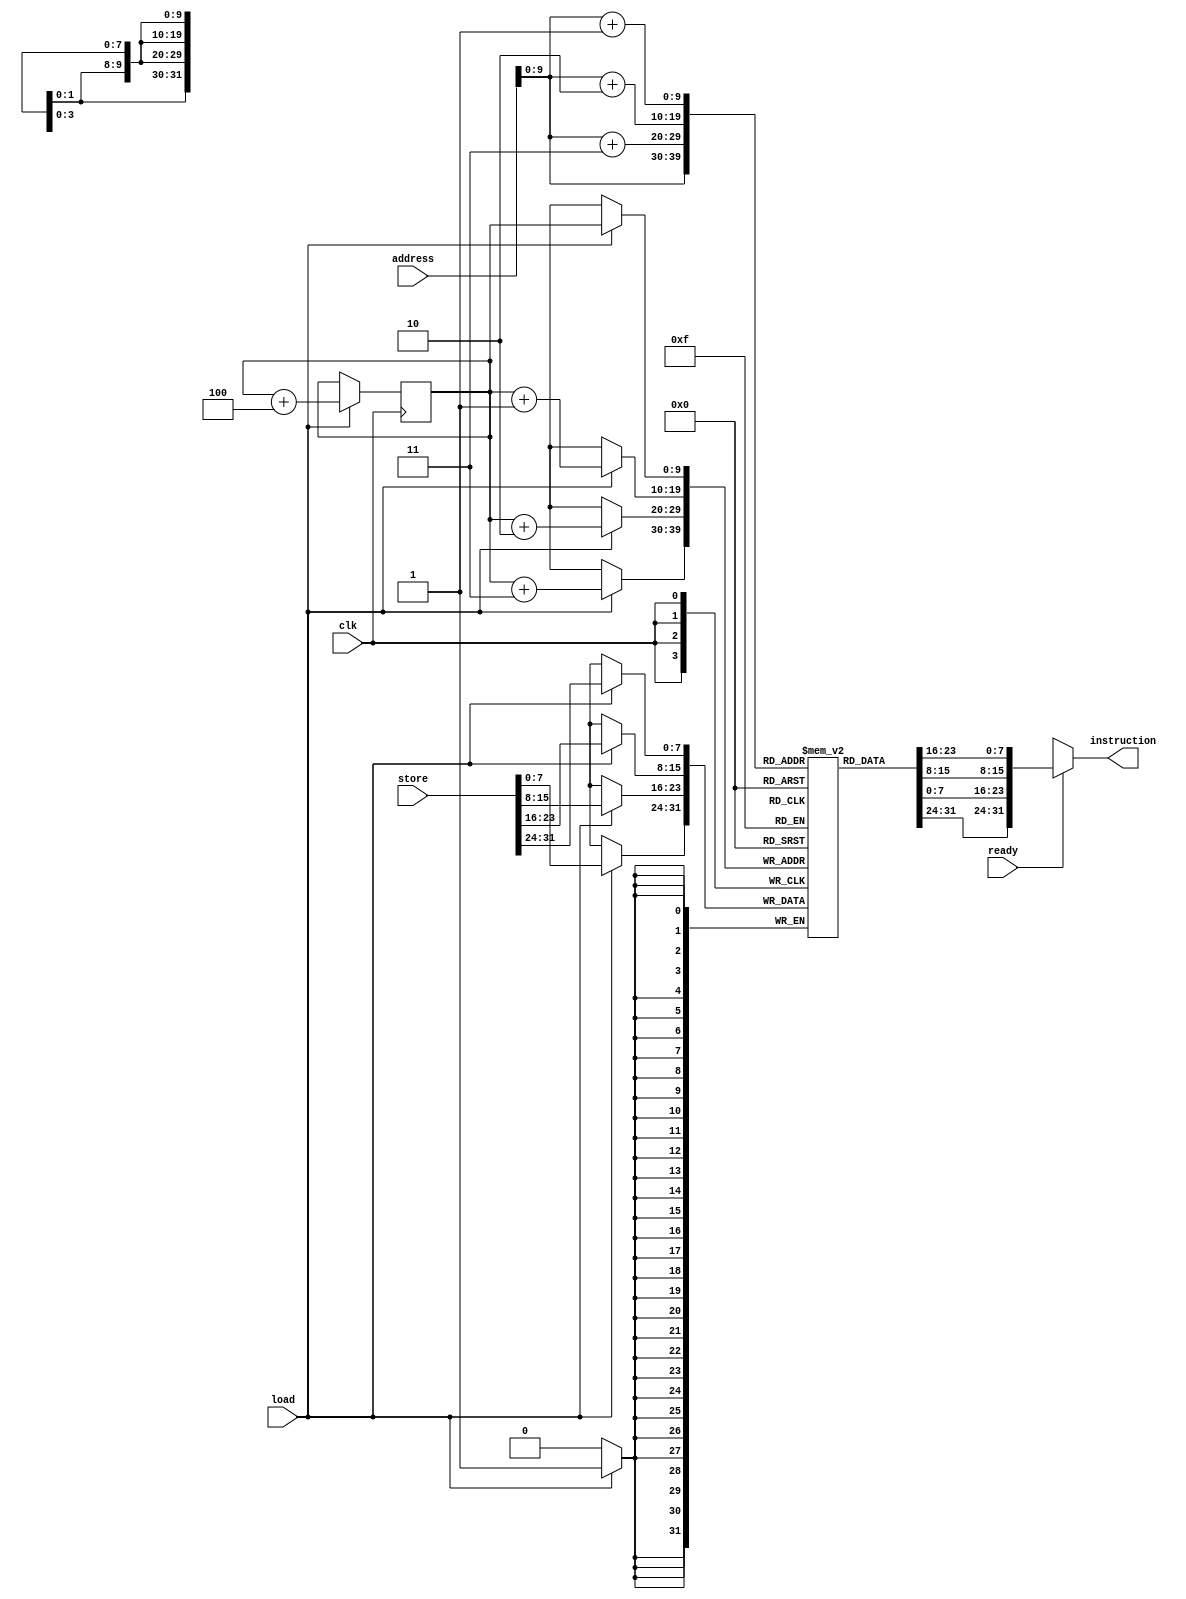
module instruction_memory(instruction, address, store, load, ready, clk);
  
  output [31:0] instruction;
  input[31:0] address, store;
  input clk, ready, load;
  reg [7:0] memory [1023:0];
  reg [9:0] counter = -4;
  
  assign instruction = ready ? {memory[address],memory[address + 1],memory[address + 2],memory[address + 3]} : 'bx;
  
  always @(posedge clk)
    begin
      if(load)
        begin
          memory[counter] <= store[31:24];
          memory[counter+1] <= store[23:16];
          memory[counter+2] <= store[15:8];
          memory[counter+3] <= store[7:0];
          counter <= counter + 4;
        end
    end

endmodule